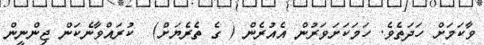
ވާކަމަށް ހަދަތެވެ. ހަމަކަށަވަރުން އެއުރެން ( ގެ ތެރެޔަށް)  ކުރައްވާނެކަން ޖިންނީން